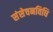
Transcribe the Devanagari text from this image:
संसेचनविधि